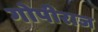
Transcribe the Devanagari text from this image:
गोपीराज